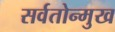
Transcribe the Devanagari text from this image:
सर्वतोन्मुख